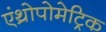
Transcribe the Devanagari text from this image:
एंथ्रोपोमेट्रिक